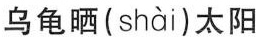
乌龟晒( shài )太阳